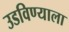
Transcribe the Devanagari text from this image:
उडविण्याला